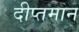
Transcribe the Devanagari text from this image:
दीप्तमान